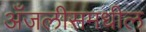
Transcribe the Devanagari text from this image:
अँजलीसमधील